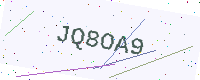
Text: JQ8OA9